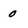
Character: 0